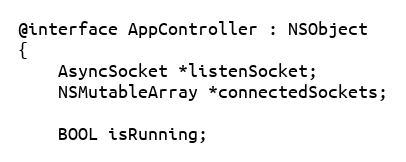
Language: C
@interface AppController : NSObject
{
	AsyncSocket *listenSocket;
	NSMutableArray *connectedSockets;

	BOOL isRunning;